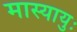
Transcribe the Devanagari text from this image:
मास्यायुः